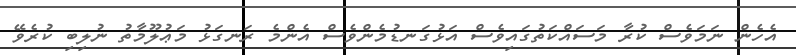
އެހެން ނަމަވެސް ކުރާ މަސައްކަތުގައިވެސް އަޅުގަނޑުމެންވެސް އެންމެ ރަނގަޅު މަޢުލޫމާތު ނުލިބި ކުރެވޭ